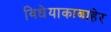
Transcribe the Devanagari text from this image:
विधेयाकाबाहेर